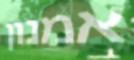
אמנון